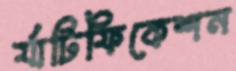
র‍্যাটিফিকেশন